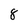
Character: 8